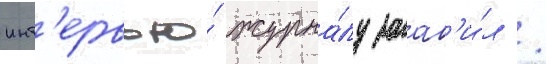
инт'ервью́ журна́лу заав'и́л /